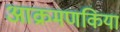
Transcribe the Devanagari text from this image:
आक्रमणकिया